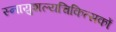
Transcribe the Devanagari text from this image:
स्नायुशल्यचिकित्सकों